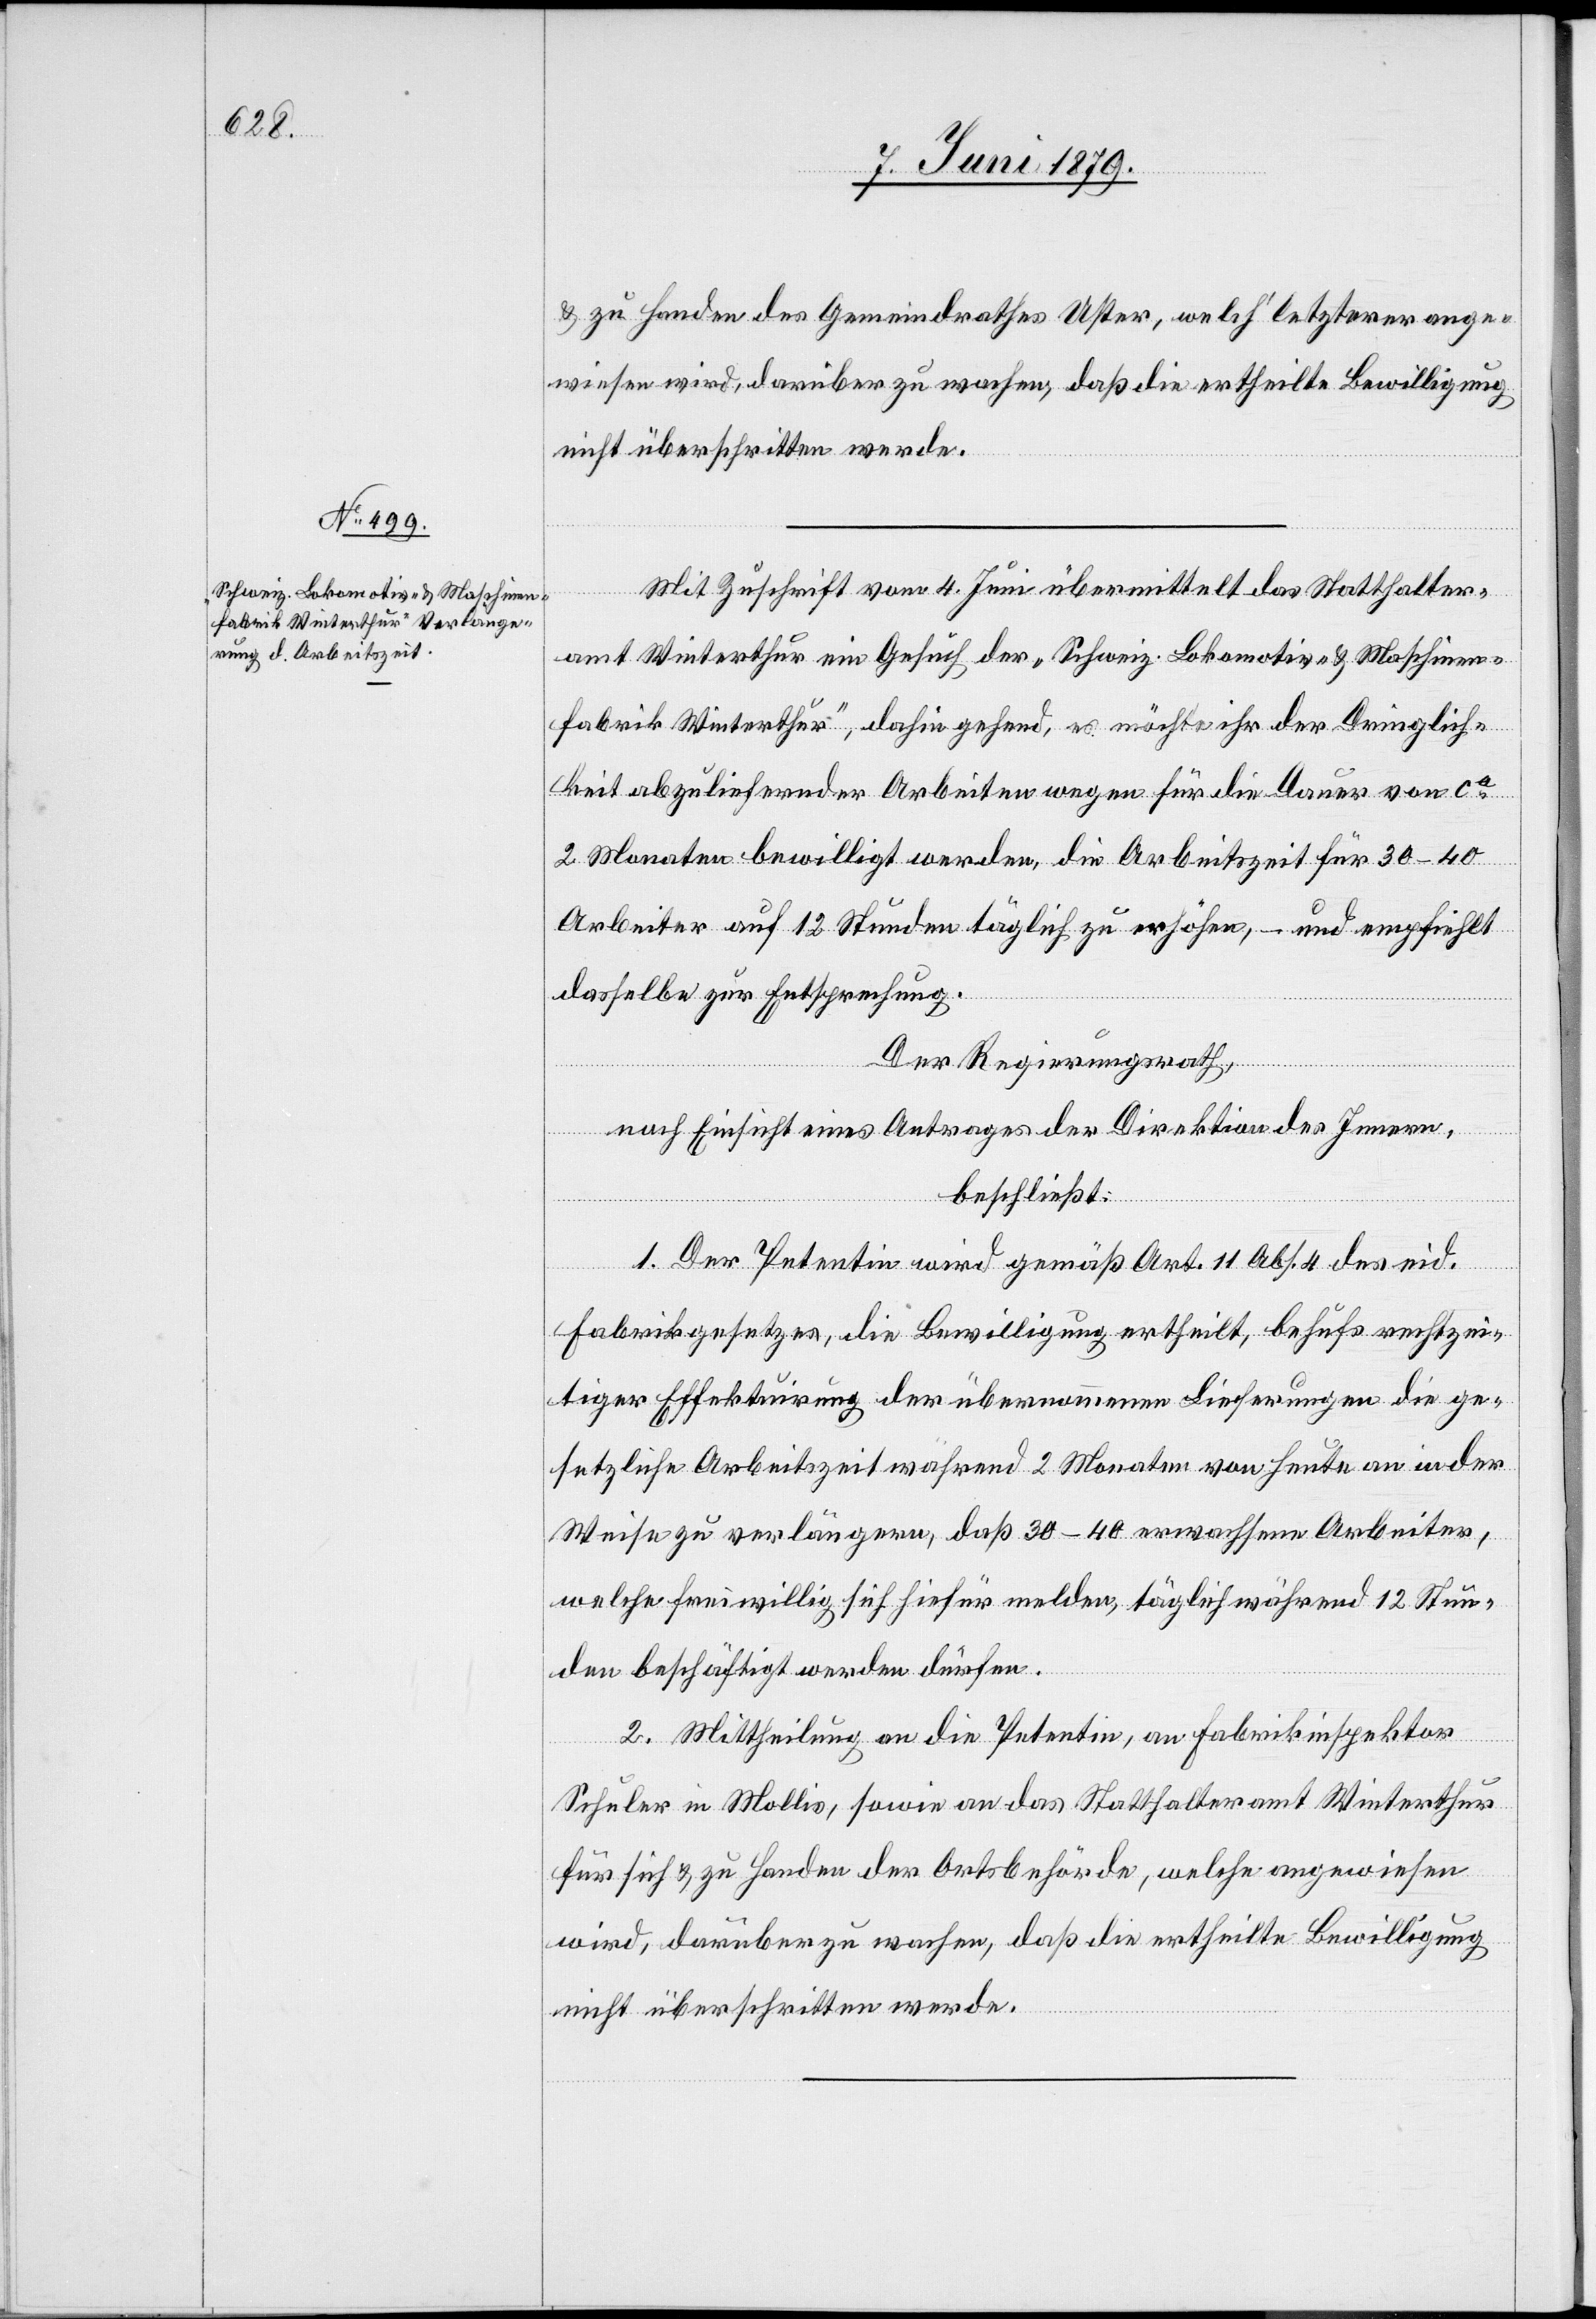
& zu Handen des Gemeindrathes Uster, welch’ letzterer ange¬
wiesen wird, darüber zu wachen, daß die ertheilte Bewilligung
nicht überschritten werde.
Mit Zuschrift vom 4. Juni übermittelt das Statthalter¬
amt Winterthur ein Gesuch der „Schweiz. Lokomotiv- & Maschinen¬
fabrik Winterthur“, dahin gehend, es möchte ihr der Dringlich¬
keit abzuliefernder Arbeiten wegen für die Dauer von ca
2 Monaten bewilligt werden, die Arbeitszeit für 30–40
Arbeiter auf 12 Stunden täglich zu erhöhen, – und empfiehlt
dasselbe zur Entsprechung.
Der Regierungsrath,
nach Einsicht eines Antrages der Direktion des Innern,
beschließt:
1. Der Petentin wird gemäß Art. 11 Abs. 4 des eid.
Fabrikgesetzes, die Bewilligung ertheilt, behufs rechtzei¬
tiger Effektuirung der übernommenen Lieferungen die ge¬
setzliche Arbeitszeit während 2 Monaten von heute an in der
Weise zu verlängern, daß 30–40 erwachsene Arbeiter,
welche freiwillig sich hiefür melden, täglich während 12 Stun¬
den beschäftigt werden dürfen.
2. Mittheilung an die Petentin, an Fabrikinspektor
Schuler in Mollis, sowie an das Statthalteramt Winterthur
für sich & zu Handen der Ortsbehörde, welche angewiesen
wird, darüber zu wachen, daß die ertheilte Bewilligung
nicht überschritten werde.